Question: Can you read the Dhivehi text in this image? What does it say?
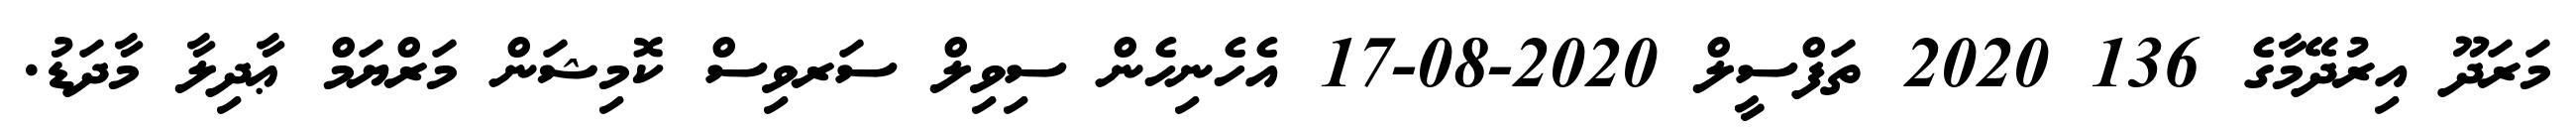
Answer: މަރަދޫ އިރުދޭމާގެ 136 2020 ތަފްސީލް 2020-08-17 އެހެނިހެން ސިވިލް ސަރވިސް ކޮމިޝަން މަރްޔަމް ޢާދިލާ މާދަޑު.